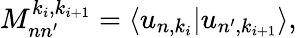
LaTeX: M_{nn^{\prime}}^{k_{i},k_{i+1}}=\langle u_{n,k_{i}}|u_{n^{\prime},k_{i+1}}\rangle,